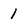
Character: 1